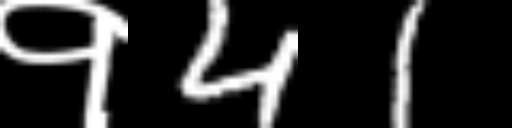
Text: १41